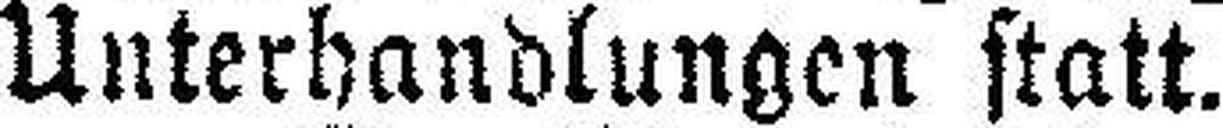
Unterhandlungen statt.